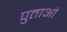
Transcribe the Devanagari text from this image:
पुताओ